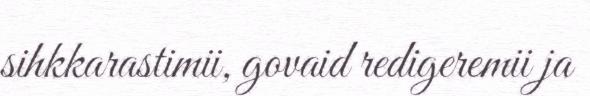
sihkkarastimii, govaid redigeremii ja